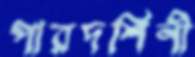
পারদর্শিনী